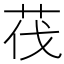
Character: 茷